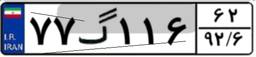
۸۸گ۷۵۷۶۷